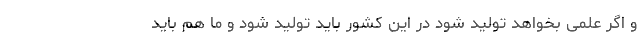
و اگر علمی بخواهد تولید شود در این کشور باید تولید شود و ما هم باید